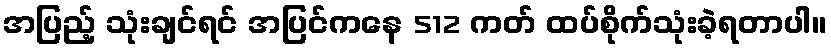
အပြည့် သုံးချင်ရင် အပြင်ကနေ 512 ကတ် ထပ်စိုက်သုံးခဲ့ရတာပါ။